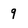
Character: 9